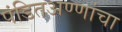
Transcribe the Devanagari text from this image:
पंडितअण्णांचा